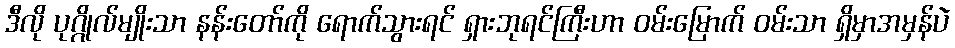
ဒီလို ပုဂ္ဂိုလ်မျိုးသာ နန်းတော်ကို ရောက်သွားရင် ရှားဘုရင်ကြီးဟာ ဝမ်းမြောက် ဝမ်းသာ ရှိမှာအမှန်ပဲ